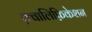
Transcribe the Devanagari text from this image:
क़्वालिफ़िकेशन